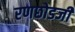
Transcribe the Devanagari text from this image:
रणछोडजी